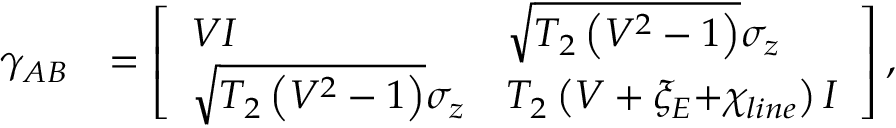
\begin{array} { r l } { { { \gamma } _ { A B } } } & { = \left[ \begin{array} { l l } { V { I } } & { \sqrt { { { T } _ { 2 } } \left( { { V } ^ { 2 } } - 1 \right) } { { \sigma } _ { z } } } \\ { \sqrt { { { T } _ { 2 } } \left( { { V } ^ { 2 } } - 1 \right) } { { \sigma } _ { z } } } & { { { T } _ { 2 } } \left( V + { { \xi } _ { E } } \mathrm { + } { { \chi } _ { l i n e } } \right) { I } } \end{array} \right] , } \end{array}